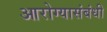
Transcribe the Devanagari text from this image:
आरोग्यासंबंधी